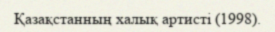
Қазақстанның халық артисті (1998).